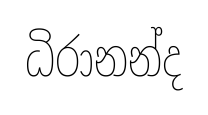
ධිරානන්ද